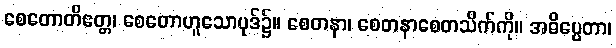
စေတောတိဧတ္တ၊ စေတောဟူသောပုဒ်၌။ စေတနာ၊ စေတနာစေတသိက်ကို။ အဓိပ္ပေတာ၊